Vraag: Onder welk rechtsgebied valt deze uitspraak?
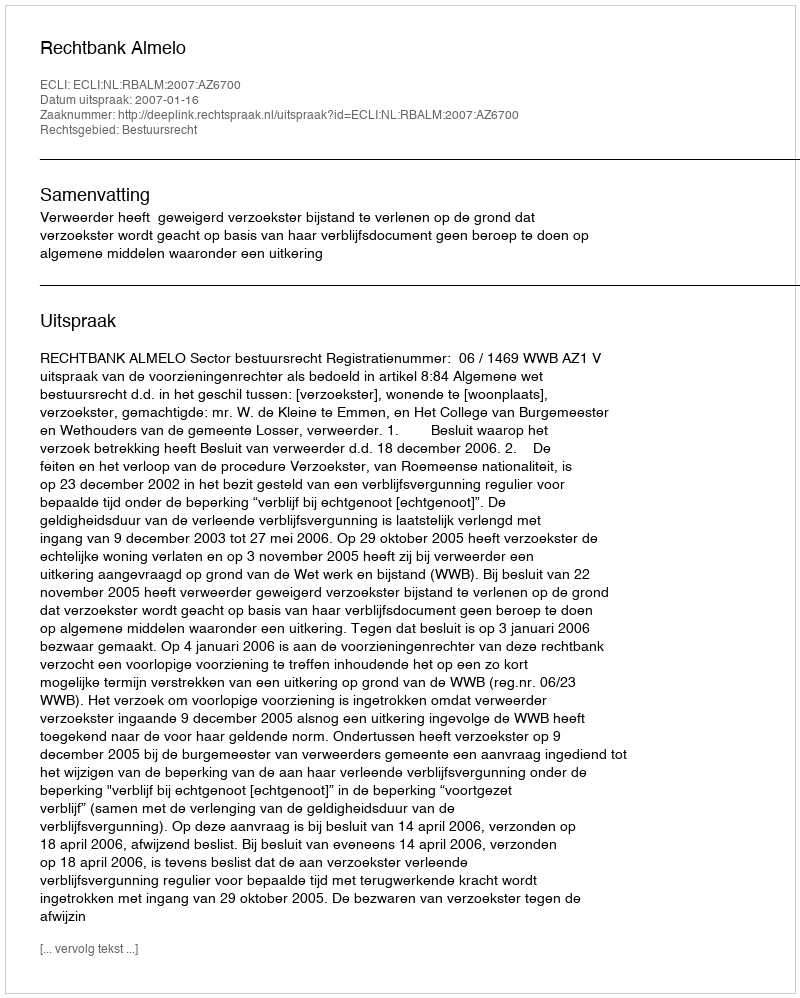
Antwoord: Bestuursrecht